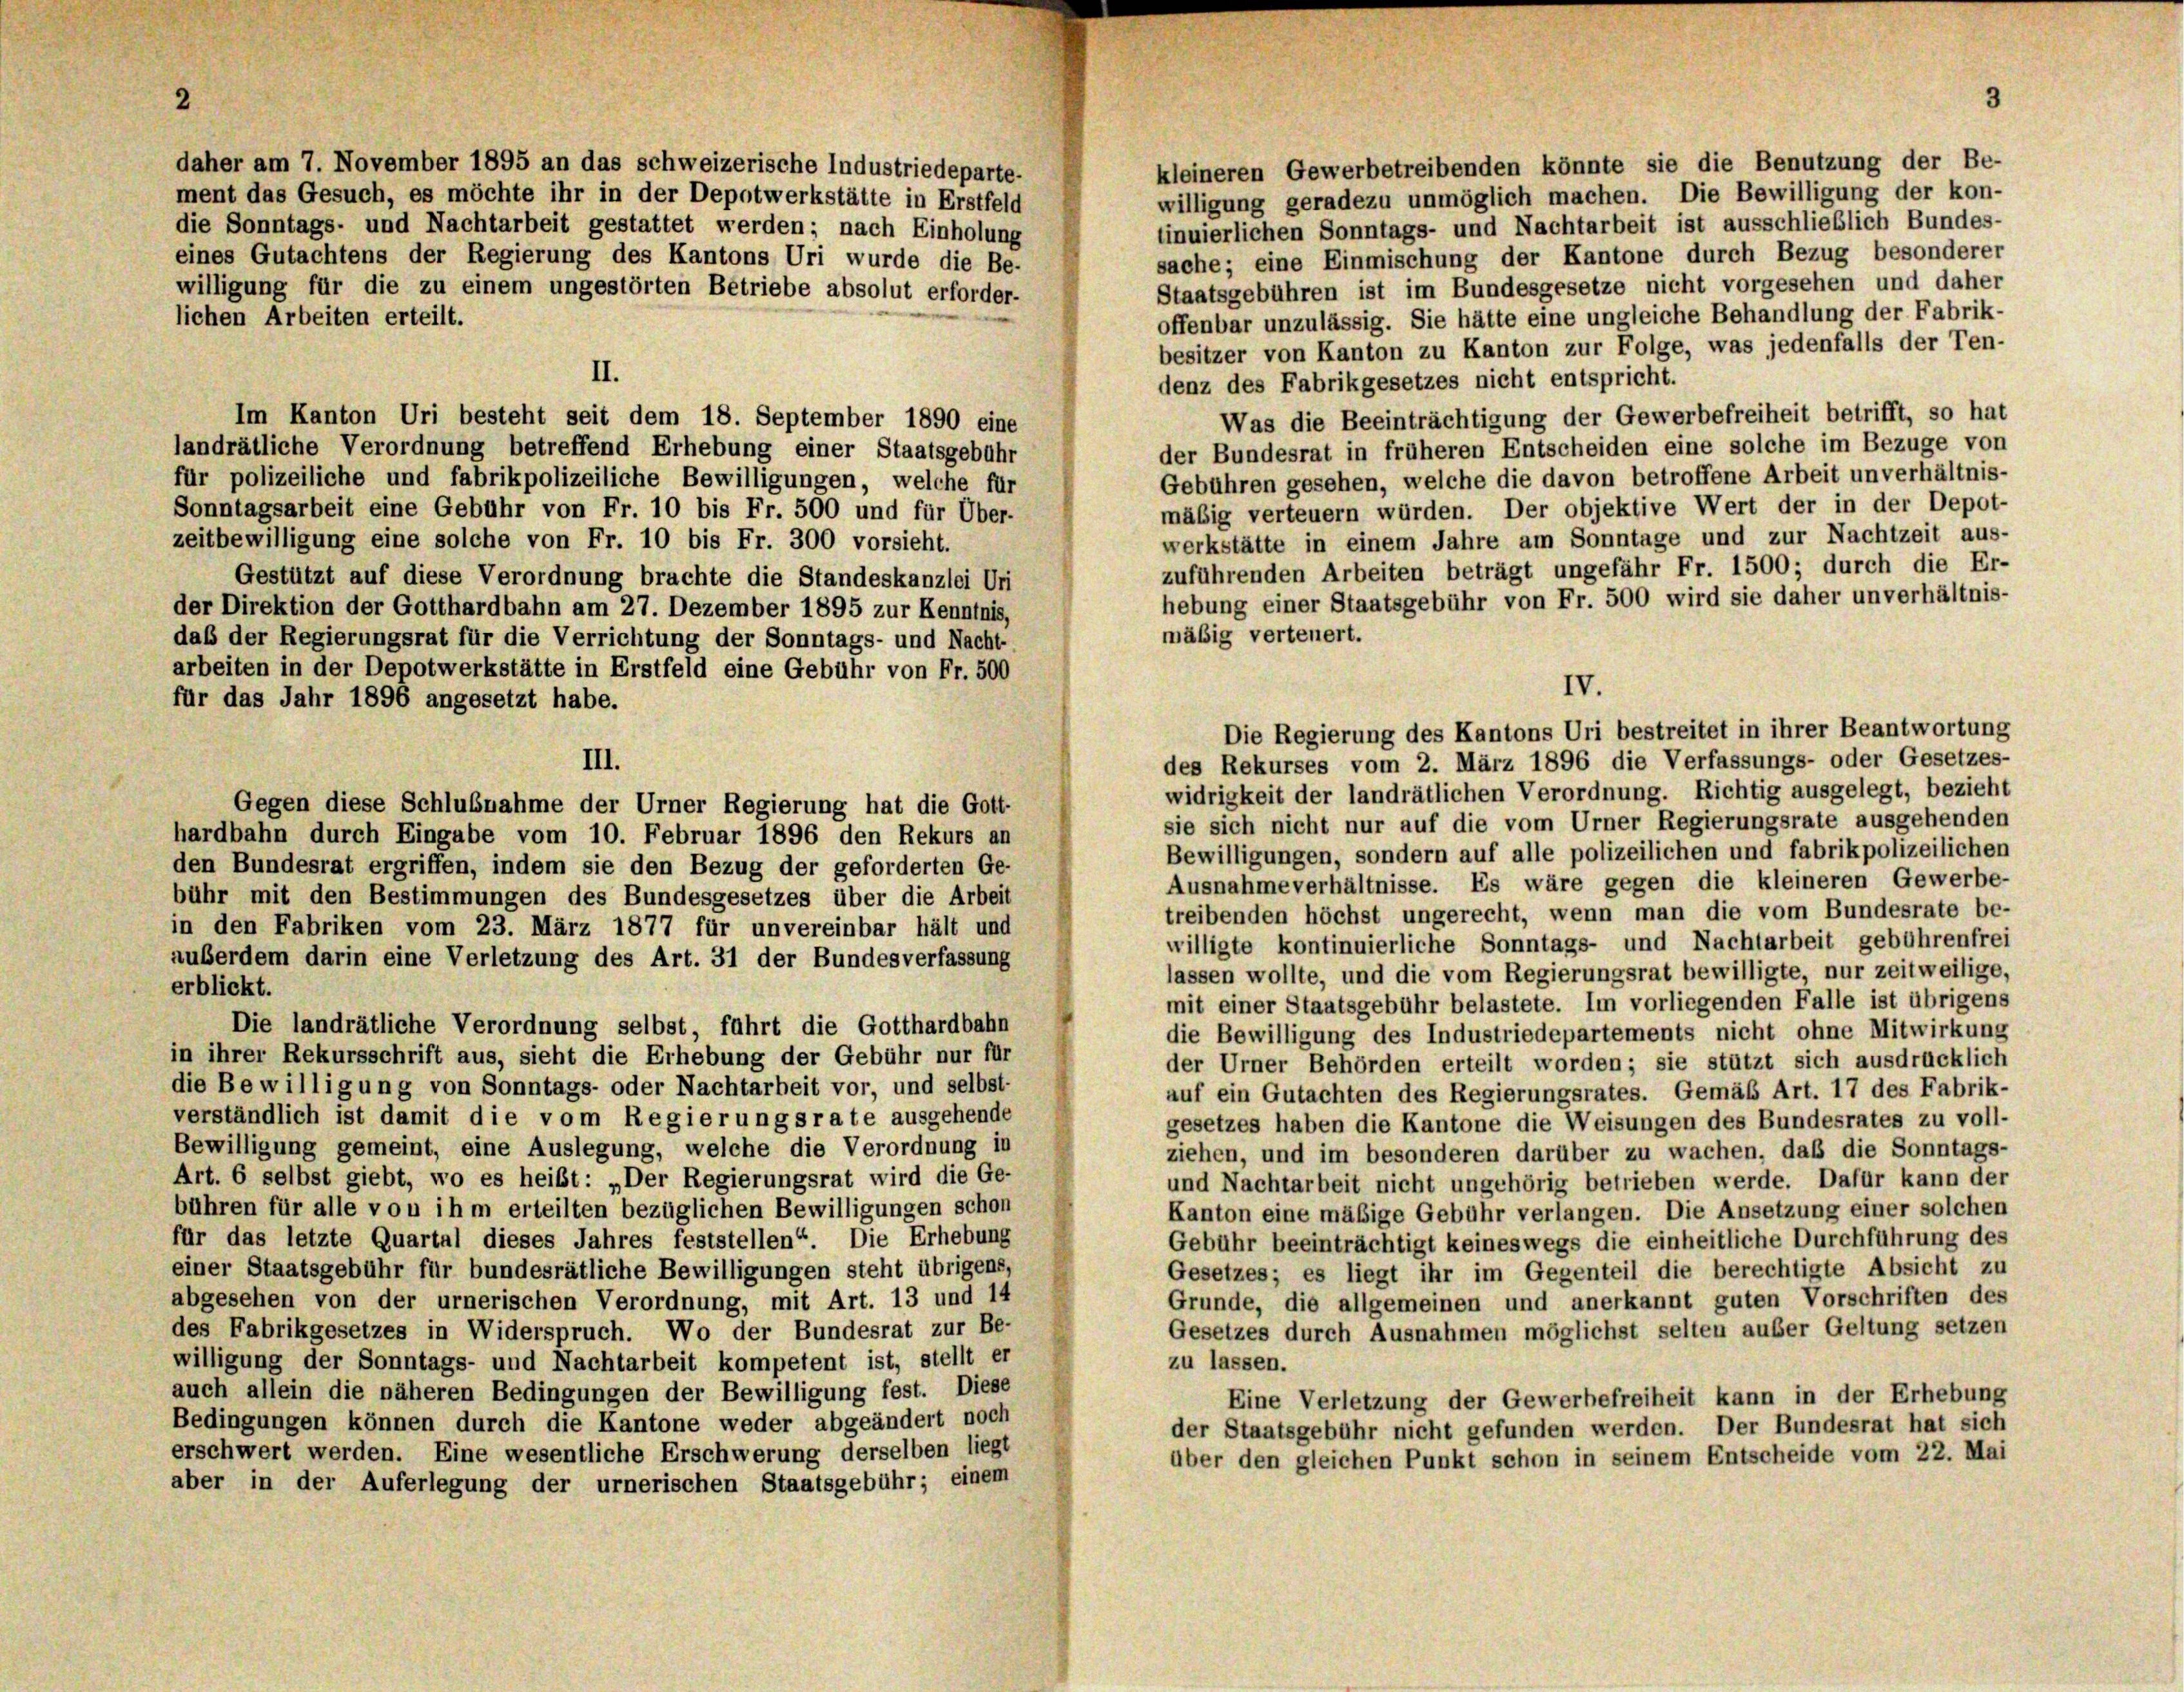
kleineren Gewerbetreibenden könnte sie die Benutzung der Be-
ment das Gesuch, es möchte ihr in der Depotwerkstätte in Erstfeld
willigung geradezu unmöglich machen. Die Bewilligung der kon-
die Sonntags- und Nachtarbeit gestattet werden; nach Einholung
tinuierlichen Sonntags- und Nachtarbeit ist ausschließlich Bundes-
sache; eine Einmischung der Kantone durch Bezug besonderer
eines Gutachtens der Regierung des Kantons Uri wurde die Be-
Staatsgebühren ist im Bundesgesetze nicht vorgesehen und daher
willigung für die zu einem ungestörten Betriebe absolut erforder-
lichen Arbeiten erteilt.
offenbar unzulässig. Sie hätte eine ungleiche Behandlung der Fabrik
besitzer von Kanton zu Kanton zur Folge, was jedenfalls der Ten-
II.
denz des Fabrikgesetzes nicht entspricht.
Was die Beeinträchtigung der Gewerbefreiheit betrifft, so hat
Im Kanton Uri besteht seit dem 18. September 1890 eine
landrätliche Verordnung betreffend Erhebung einer Staatsgebühr
der Bundesrat in früheren Entscheiden eine solche im Bezuge von
für polizeiliche und fabrikpolizeiliche Bewilligungen, welche für
Gebühren gesehen, welche die davon betroffene Arbeit unverhältnis-
mäßig verteuern würden. Der objektive Wert der in der Depot-
Sonntagsarbeit eine Gebühr von Fr. 10 bis Fr. 500 und für Über-
werkstätte in einem Jahre am Sonntage und zur Nachtzeit aus-
zeitbewilligung eine solche von Fr. 10 bis Fr. 300 vorsieht.
zuführenden Arbeiten beträgt ungefähr Fr. 1500; durch die Er-
Gestützt auf diese Verordnung brachte die Standeskanzlei Uri
hebung einer Staatsgebühr von Fr. 500 wird sie daher unverhältnis-
der Direktion der Gotthardbahn am 27. Dezember 1895 zur Kenntnis,
mäßig verteuert.
daß der Regierungsrat für die Verrichtung der Sonntags- und Nacht-
arbeiten in der Depotwerkstätte in Erstfeld eine Gebühr von Fr. 500
für das Jahr 1896 angesetzt habe.
des Rekurses vom 2. März 1896 die Verfassungs- oder Gesetzes-
III.
widrigkeit der landrätlichen Verordnung. Richtig ausgelegt, bezieht
Gegen diese Schlußnahme der Urner Regierung hat die Gott-
sie sich nicht nur auf die vom Urner Regierungsrate ausgehenden
hardbahn durch Eingabe vom 10. Februar 1896 den Rekurs an
Bewilligungen, sondern auf alle polizeilichen und fabrikpolizeilichen
den Bundesrat ergriffen, indem sie den Bezug der geforderten Ge-
Ausnahmeverhältnisse. Es wäre gegen die kleineren Gewerbe-
bühr mit den Bestimmungen des Bundesgesetzes über die Arbeit
treibenden höchst ungerecht, wenn man die vom Bundesrate be-
in den Fabriken vom 23. März 1877 für unvereinbar hält und
willigte kontinuierliche Sonntags- und Nachtarbeit gebührenfrei
auberdem darin eine Verletzung des Art. 31 der Bundesverfassung
lassen wollte, und die vom Regierungsrat bewilligte, nur zeitweilige,
erblickt.
mit einer Staatsgebühr belastete. Im vorliegenden Falle ist übrigens
Die landrätliche Verordnung selbst, führt die Gotthardbahn
die Bewilligung des Industriedepartements nicht ohne Mitwirkung
in ihrer Rekursschrift aus, sieht die Erhebung der Gebühr nur für
der Urner Behörden erteilt worden; sie stützt sich ausdrücklich
die Bewilligung von Sonntags- oder Nachtarbeit vor, und selbst-
auf ein Gutachten des Regierungsrates. Gemäß Art. 17 des Fabrik-
verständlich ist damit die vom Regierungsrate ausgehende
gesetzes haben die Kantone die Weisungen des Bundesrates zu voll-
Bewilligung gemeint, eine Auslegung, welche die Verordnung in
ziehen, und im besonderen darüber zu wachen, daß die Sonntags-
Art. 6 selbst giebt, wo es heißt: „Der Regierungsrat wird die Ge-
und Nachtarbeit nicht ungehörig betrieben werde. Dafür kann der
bühren für alle von ihm erteilten bezüglichen Bewilligungen schon
Kanton eine mäßige Gebühr verlangen. Die Ansetzung einer solchen
für das letzte Quartal dieses Jahres feststellen“. Die Erhebung
Gebühr beeinträchtigt keineswegs die einheitliche Durchführung des
einer Staatsgebühr für bundesrätliche Bewilligungen steht übrigens,
Gesetzes; es liegt ihr im Gegenteil die berechtigte Absicht zu
abgesehen von der urnerischen Verordnung, mit Art. 13 und 14
Grunde, die allgemeinen und anerkannt guten Vorschriften des
des Fabrikgesetzes in Widerspruch. Wo der Bundesrat zur Be-
Gesetzes durch Ausnahmen möglichst selten außer Geltung setzen
willigung der Sonntags- und Nachtarbeit kompetent ist, stellt er
zu lassen.
auch allein die näheren Bedingungen der Bewilligung fest. Diese
Eine Verletzung der Gewerbefreiheit kann in der Erhebung
Bedingungen können durch die Kantone weder abgeändert noch
der Staatsgebühr nicht gefunden werden. Der Bundesrat hat sich
erschwert werden. Eine wesentliche Erschwerung derselben liegt
über den gleichen Punkt schon in seinem Entscheide vom 22. Mai
aber in der Auferlegung der urnerischen Staatsgebühr; einem

daher am 7. November 1895 an das schweizerische Industriedeparte

IV.
Die Regierung des Kantons Uri bestreitet in ihrer Beantwortung